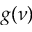
g ( \nu )